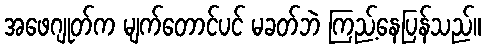
အဖေဂျုတ်က မျက်တောင်ပင် မခတ်ဘဲ ကြည့်နေပြန်သည်။